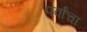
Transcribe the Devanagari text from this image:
पर्वांचा